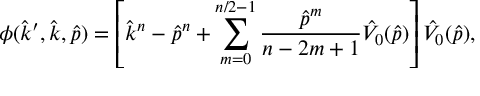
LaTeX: \phi ( \hat { k } ^ { \prime } , \hat { k } , \hat { p } ) = \left[ \hat { k } ^ { n } - \hat { p } ^ { n } + \sum _ { m = 0 } ^ { n / 2 - 1 } { \frac { \hat { p } ^ { m } } { n - 2 m + 1 } } \hat { V } _ { 0 } ( \hat { p } ) \right] \hat { V } _ { 0 } ( \hat { p } ) ,